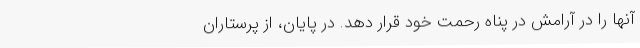
آنها را در آرامش در پناه رحمت خود قرار دهد. در پایان، از پرستاران